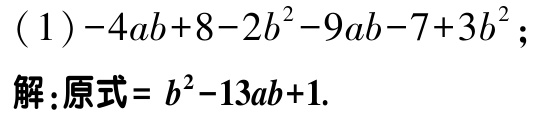
\((1)-4ab + 8 - 2b^{2}-9ab - 7 + 3b^{2}\);
解：原式\(= b^{2}-13ab + 1\).